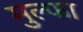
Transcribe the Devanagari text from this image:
मुल्फा